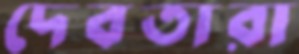
দেবতারা